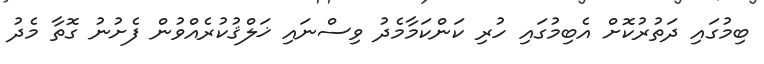
ބިމުގައި ދަތުރުކޮށް އެބިމުގައި ހުރި ކަންކަމާމެދު ވިސްނައި ޚަލްޤުކުރެއްވުން ފެށުނު ގޮތާ މެދު